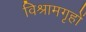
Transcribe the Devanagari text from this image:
विश्रामगृहों